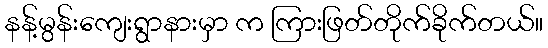
နန့်မွန်းကျေးရွာနားမှာ က ကြားဖြတ်တိုက်ခိုက်တယ်။